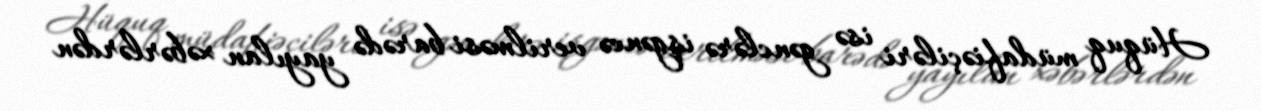
Hüquq müdafiəçiləri isə gənclərə işgəncə verilməsi barədə yayılan xəbərlərdən